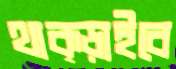
থাক্‌ড়াইবে